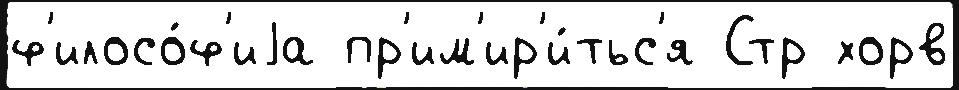
ф'илосо́ф'иjа пр'им'ир'и́тьс'я Стр хорв